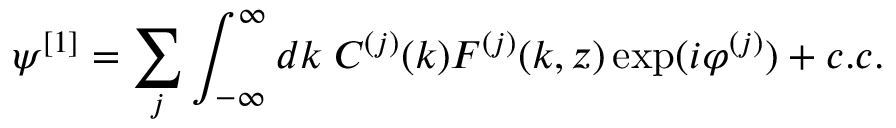
\psi ^ { [ 1 ] } = \sum _ { j } \int _ { - \infty } ^ { \infty } d k \; C ^ { ( j ) } ( k ) F ^ { ( j ) } ( k , z ) \exp ( i \varphi ^ { ( j ) } ) + c . c .